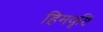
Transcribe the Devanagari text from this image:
हिमवृष्टि